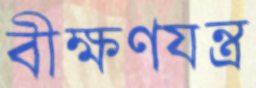
বীক্ষণযন্ত্র